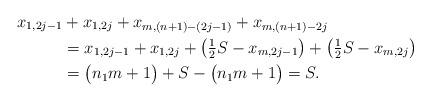
LaTeX: \begin{align*}x_{1,2j-1} &+ x_{1,2j} + x_{m,(n+1)-(2j-1)} + x_{m,(n+1)-2j} \\&= x_{1,2j-1} + x_{1,2j} + \bigl( \tfrac{1}{2} S - x_{m,2j-1} \bigr) + \bigl( \tfrac{1}{2} S - x_{m,2j} \bigr) \\&= \bigl( n_1 m +1 \bigr) + S - \bigl( n_1 m +1 \bigr) =S.\end{align*}